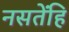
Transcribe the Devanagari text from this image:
नसतेंहि